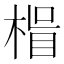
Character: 𭪽